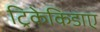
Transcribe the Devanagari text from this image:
ट्रिकेकिडाए